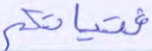
فتياتكم